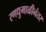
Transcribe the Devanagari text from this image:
रणधुमाळीनंतर